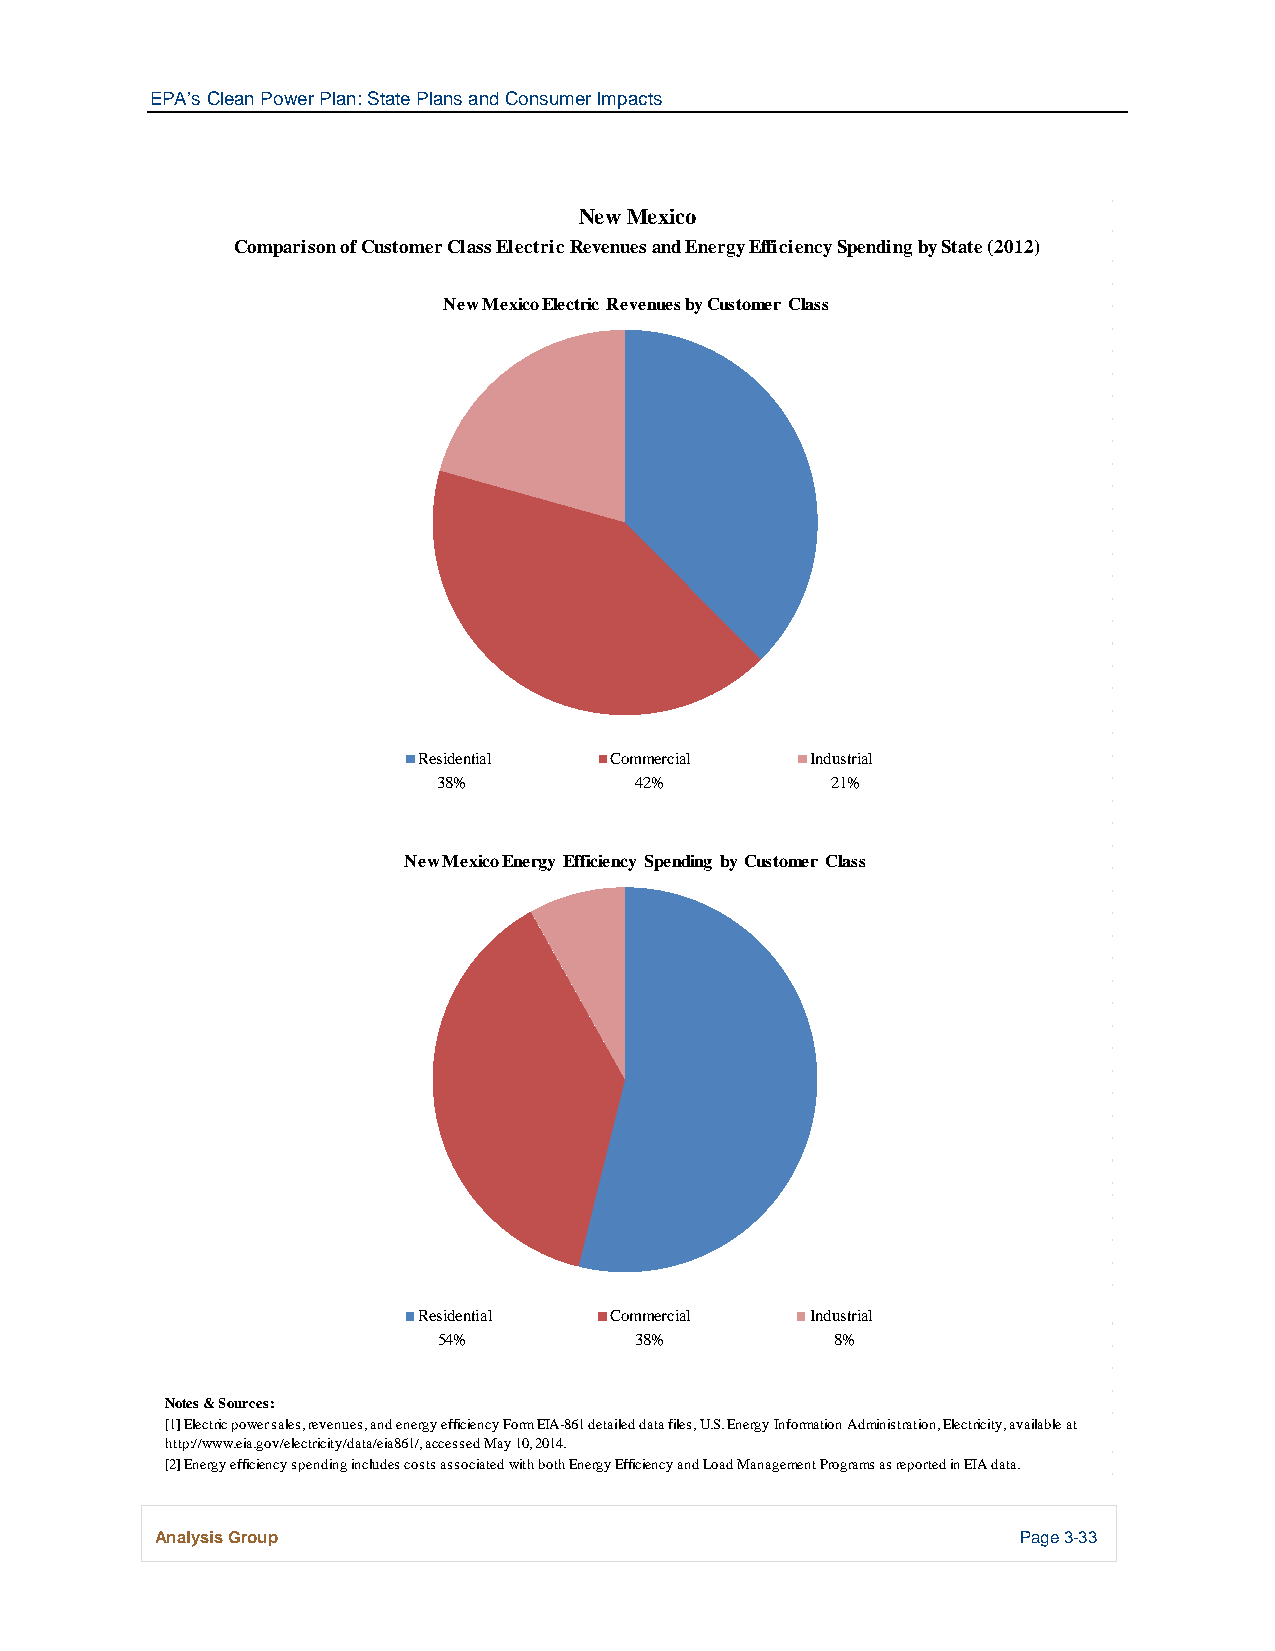
EPA’s Clean Power Plan: State Plans and Consumer Impacts
 New Mexico
 Comparison of Customer Class Electric Revenues and Energy Efficiency Spending by State (2012)
 New Mexico Electric Revenues by Customer Class
 Residential Commercial    Industrial
 38%          42%          21%
 New Mexico Energy Efficiency Spending by Customer Class
 Residential Commercial    Industrial
 54%          38%          8%
 Notes & Sources:
 [1] Electric power sales, revenues, and energy efficiency Form EIA-861 detailed data files, U.S. Energy Information Administration, Electricity, available at
 http://www.eia.gov/electricity/data/eia861/, accessed May 10, 2014.
 [2] Energy efficiency spending includes costs associated with both Energy Efficiency and Load Management Programs as reported in EIA data.
 Analysis Group                                            Page 3-33